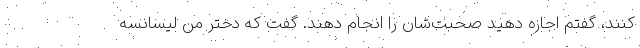
کنند، گفتم اجازه دهید صحبت‌شان را انجام دهند. گفت که دختر من لیسانسه